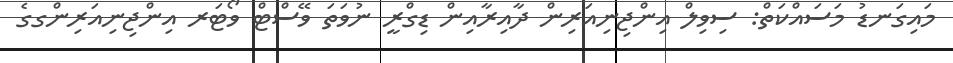
މައިގަނޑު މަސައްކަތް: ސިވިލް އިންޖިނިއަރިން ދާއިރާއިން ޑިގްރީ ނުވަތަ ވޭސްޓް ވޯޓަރ އިންޖިނިއަރިންގގެ